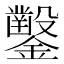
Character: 𨯳